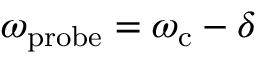
\omega _ { \mathrm { p r o b e } } = \omega _ { \mathrm { c } } - \delta